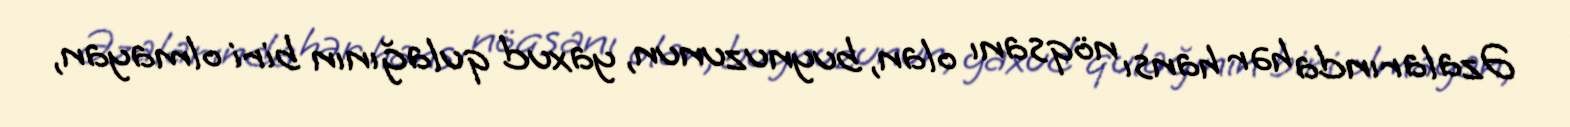
Əzalarında hər hansı nöqsanı olan, buynuzunun, yaxud qulağının biri olmayan,